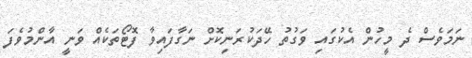
ނަމަވެސް ދެ މީހުން އެކުގައި ވަގުތު ހޭދަކުރަނިކޮށް ނަގާފައިވާ ފޮޓޯތަކެއް ވަނީ އާންމުވެފަ